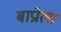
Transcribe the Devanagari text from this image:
बाप्रोला